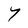
Character: Y